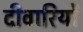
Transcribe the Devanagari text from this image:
दीवारियों